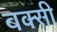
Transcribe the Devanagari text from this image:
बक्सी